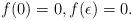
LaTeX: \begin{align*} f(0) = 0, f(\epsilon) = 0. \end{align*}